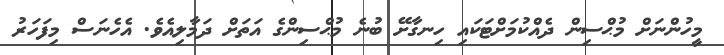
މީހުންނަށް މުޙްސިން ދެއްކުމަށްޓަކައި ހިނގާށޭ ބުނެ މުޙްސިންގެ އަތަށް ދަމާލިއެވެ. އެހެނަސް މިފަހަރު